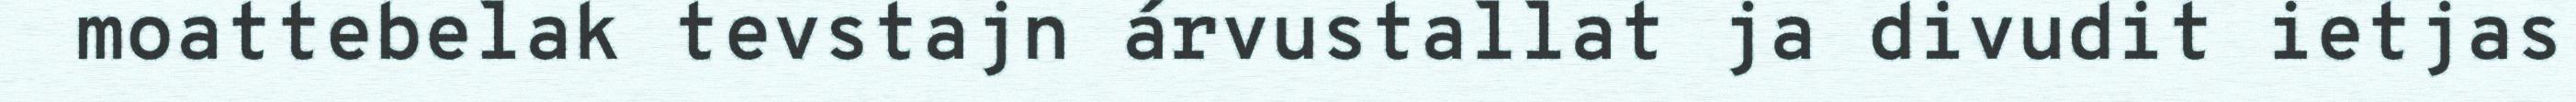
moattebelak tevstajn árvustallat ja divudit ietjas